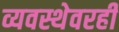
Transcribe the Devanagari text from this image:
व्यवस्थेवरही